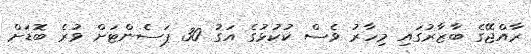
ރާއްޖޭގެ ބާޒާރުގައި މިހާރު ވެސް ކުކުޅުގެ އަގު 30 ޕަސެންޓަށް ވުރެ ބޮޑަށް